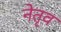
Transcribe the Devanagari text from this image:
नेतृव